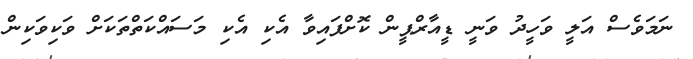
ނަމަވެސް އަލީ ވަހީދު ވަނީ ޑީއާރްޕީން ކޮށްފައިވާ އެކި އެކި މަސައްކަތްތަކަށް ވަކިވަކިން